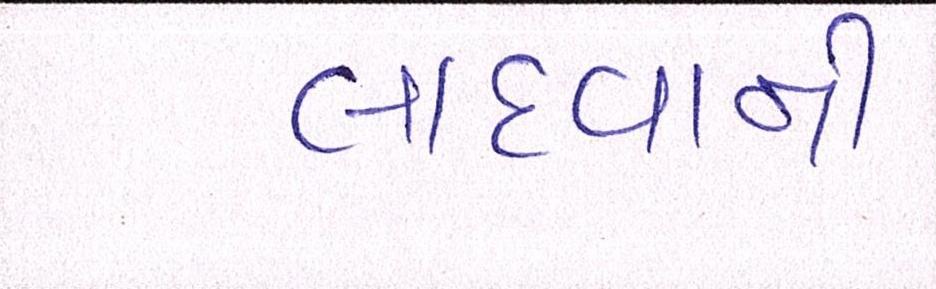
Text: લાદવાની